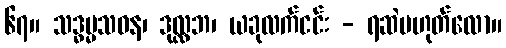
၆၇။ သဒ္ဓမ္မသဝန၊ ဒုလ္လဘ၊ ယခုလက်ငင်း - ရဆဲမဟုတ်လော။